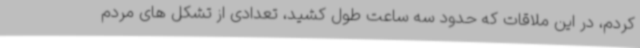
کردم، در این ملاقات که حدود سه ساعت طول کشید، تعدادی از تشکل های مردم